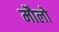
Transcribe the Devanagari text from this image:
मौलो